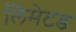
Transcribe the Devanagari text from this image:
लिमेटड